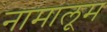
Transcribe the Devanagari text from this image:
नामालूम